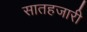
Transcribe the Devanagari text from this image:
सातहजारी